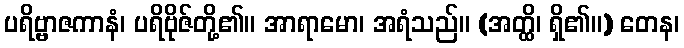
ပရိဗ္ဗာဇကာနံ၊ ပရိဗိုဇ်တို့၏။ အာရာမော၊ အရံသည်။ (အတ္ထိ၊ ရှိ၏။) တေန၊